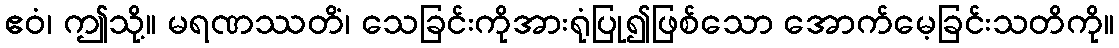
ဧဝံ၊ ဤသို့။ မရဏဿတိံ၊ သေခြင်းကိုအားရုံပြု၍ဖြစ်သော အောက်မေ့ခြင်းသတိကို။